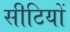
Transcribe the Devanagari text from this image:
सीटियों